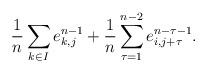
LaTeX: \begin{align*}\frac{1}{n}\sum_{k\in I}e_{k,j}^{n-1}+\frac{1}{n}\sum_{\tau=1}^{n-2}e_{i,j+\tau}^{n-\tau-1} .\end{align*}